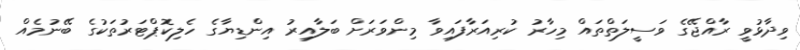
ވިދާޅުވީ ރާއްޖޭގެ ވަސީލަތްތައް މިހާރު ކުރިއަރާފައިވާ މިންވަރަށް ބަލާއިރު އިންޑިޔާގެ ހެލިކޮޕްޓަރުތަކުގެ ބޭނުމެއް